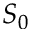
S _ { 0 }